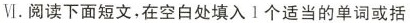
Ⅵ.阅读下面短文,在空白处填入1个适当的单词或括